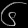
Digit: ၆